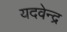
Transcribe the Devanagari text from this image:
यदवेन्द्र